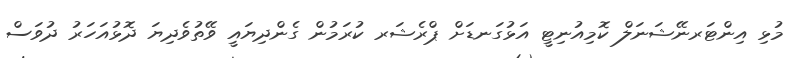
މުޅި އިންޓަރނޭޝަނަލް ކޮމިއުނިޓީ އަޅުގަނޑަށް ޕްރެޝަރ ކުރަމުން ގެންދިޔައީ ވޭތުވެދިޔަ ދޮޅުއަހަރު ދުވަސް